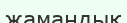
жамаңдық